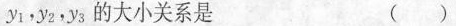
y_{1} ，y_{2}，y_{3}的大小关系是 ( )